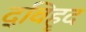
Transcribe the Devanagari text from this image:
द्विहृद